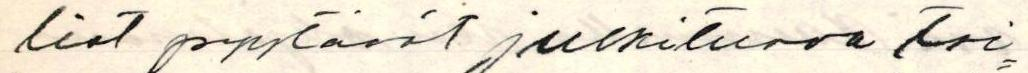
liat pyytävät julkituova toi=